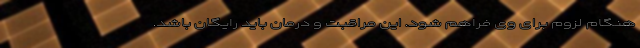
هنگام لزوم برای وی فراهم شود. این مراقبت و درمان باید رایگان باشد.